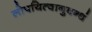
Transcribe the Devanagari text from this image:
लोपयित्वानुबन्धं